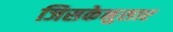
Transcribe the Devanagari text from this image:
जिसकेनुसार